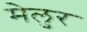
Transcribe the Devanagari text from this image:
मेलुर